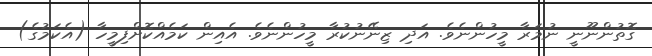
ގޮތުންނޫނީ ނުމަރާ މީހުންނެވެ. އަދި ޒިނޭނުކުރާ މީހުންނެވެ. އެއިން ކަމެއްކޮށްފިމީހާ (އެކަމުގެ)